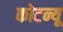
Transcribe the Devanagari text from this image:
कोटन्यू